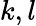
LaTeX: k,l